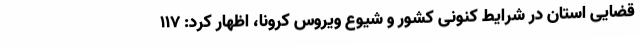
قضایی استان در شرایط کنونی کشور و شیوع ویروس کرونا، اظهار کرد: 117